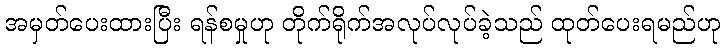
အမှတ်ပေးထားပြီး ရန်စမှုဟု တိုက်ရိုက်အလုပ်လုပ်ခဲ့သည် ထုတ်ပေးရမည်ဟု